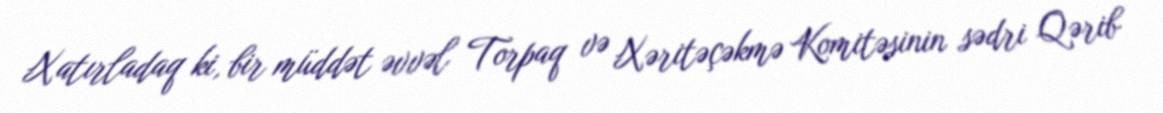
Xatırladaq ki, bir müddət əvvəl Torpaq və Xəritəçəkmə Komitəsinin sədri Qərib